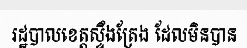
រដ្ឋបាលខេត្តស្ទឹងត្រែង ដែលមិនបាន